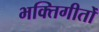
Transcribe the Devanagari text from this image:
भक्तिगीतोँ